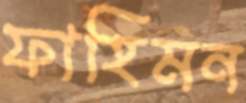
ফাহিমন